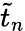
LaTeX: \tilde{t}_{n}